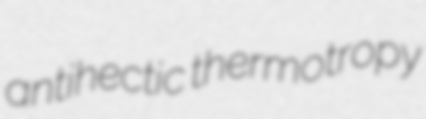
antihectic thermotropy